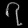
Digit: ၇